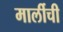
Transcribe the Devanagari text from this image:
मार्लीची